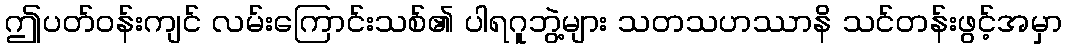
ဤပတ်ဝန်းကျင် လမ်းကြောင်းသစ်၏ ပါရဂူဘွဲ့များ သတသဟဿာနိ သင်တန်းဖွင့်အမှာ